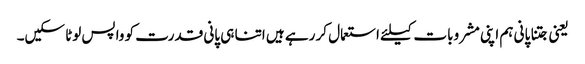
یعنی جتنا پانی ہم اپنی مشروبات کیلئے استعمال کر رہے ہیں اتنا ہی پانی قدرت کو واپس لوٹا سکیں۔